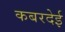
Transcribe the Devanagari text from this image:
कबरदेई